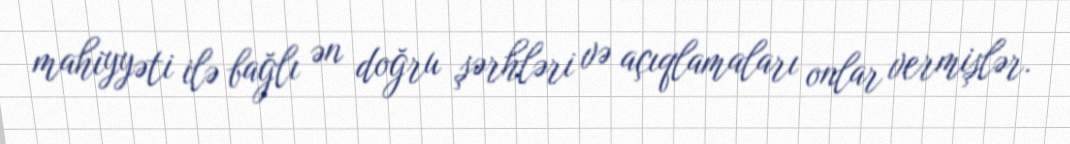
mahiyyəti ilə bağlı ən doğru şərhləri və açıqlamaları onlar vermişlər.